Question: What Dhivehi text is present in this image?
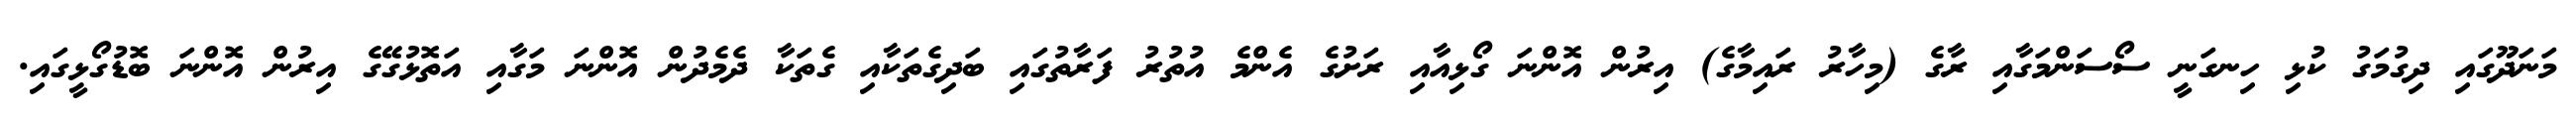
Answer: މަނަދޫގައި ދިގުމަގު ކުޅި ހިނގަނީ ސޯސަންމަގާއި ރާގެ (މިހާރު ރައިމާގެ) އިރުން އޮންނަ ގޯޅިއާއި ރަށުގެ އެންމެ އުތުރު ފަރާތުގައި ބަދިގެތަކާއި ގެތަކާ ދެމެދުން އޮންނަ މަގާއި އަތޮޅުގޭގެ އިރުން އޮންނަ ބޮޑުގޯޅީގައި.